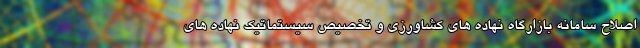
اصلاح سامانه بازارگاه نهاده های کشاورزی و تخصیص سیستماتیک نهاده های